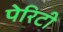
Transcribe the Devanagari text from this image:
पेरिटी